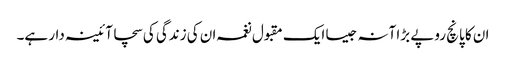
ان کا پانچ روپے بڑا آنہ جیسا ایک مقبول نغمہ ان کی زندگی کی سچا آئینہ دار ہے۔